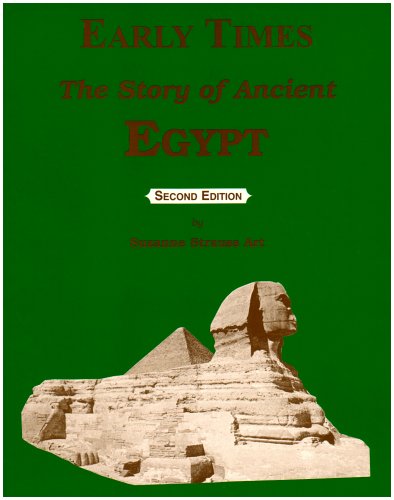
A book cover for Early Times: The Story of Ancient Egypt; Suzanne Strauss Art; Children's Books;